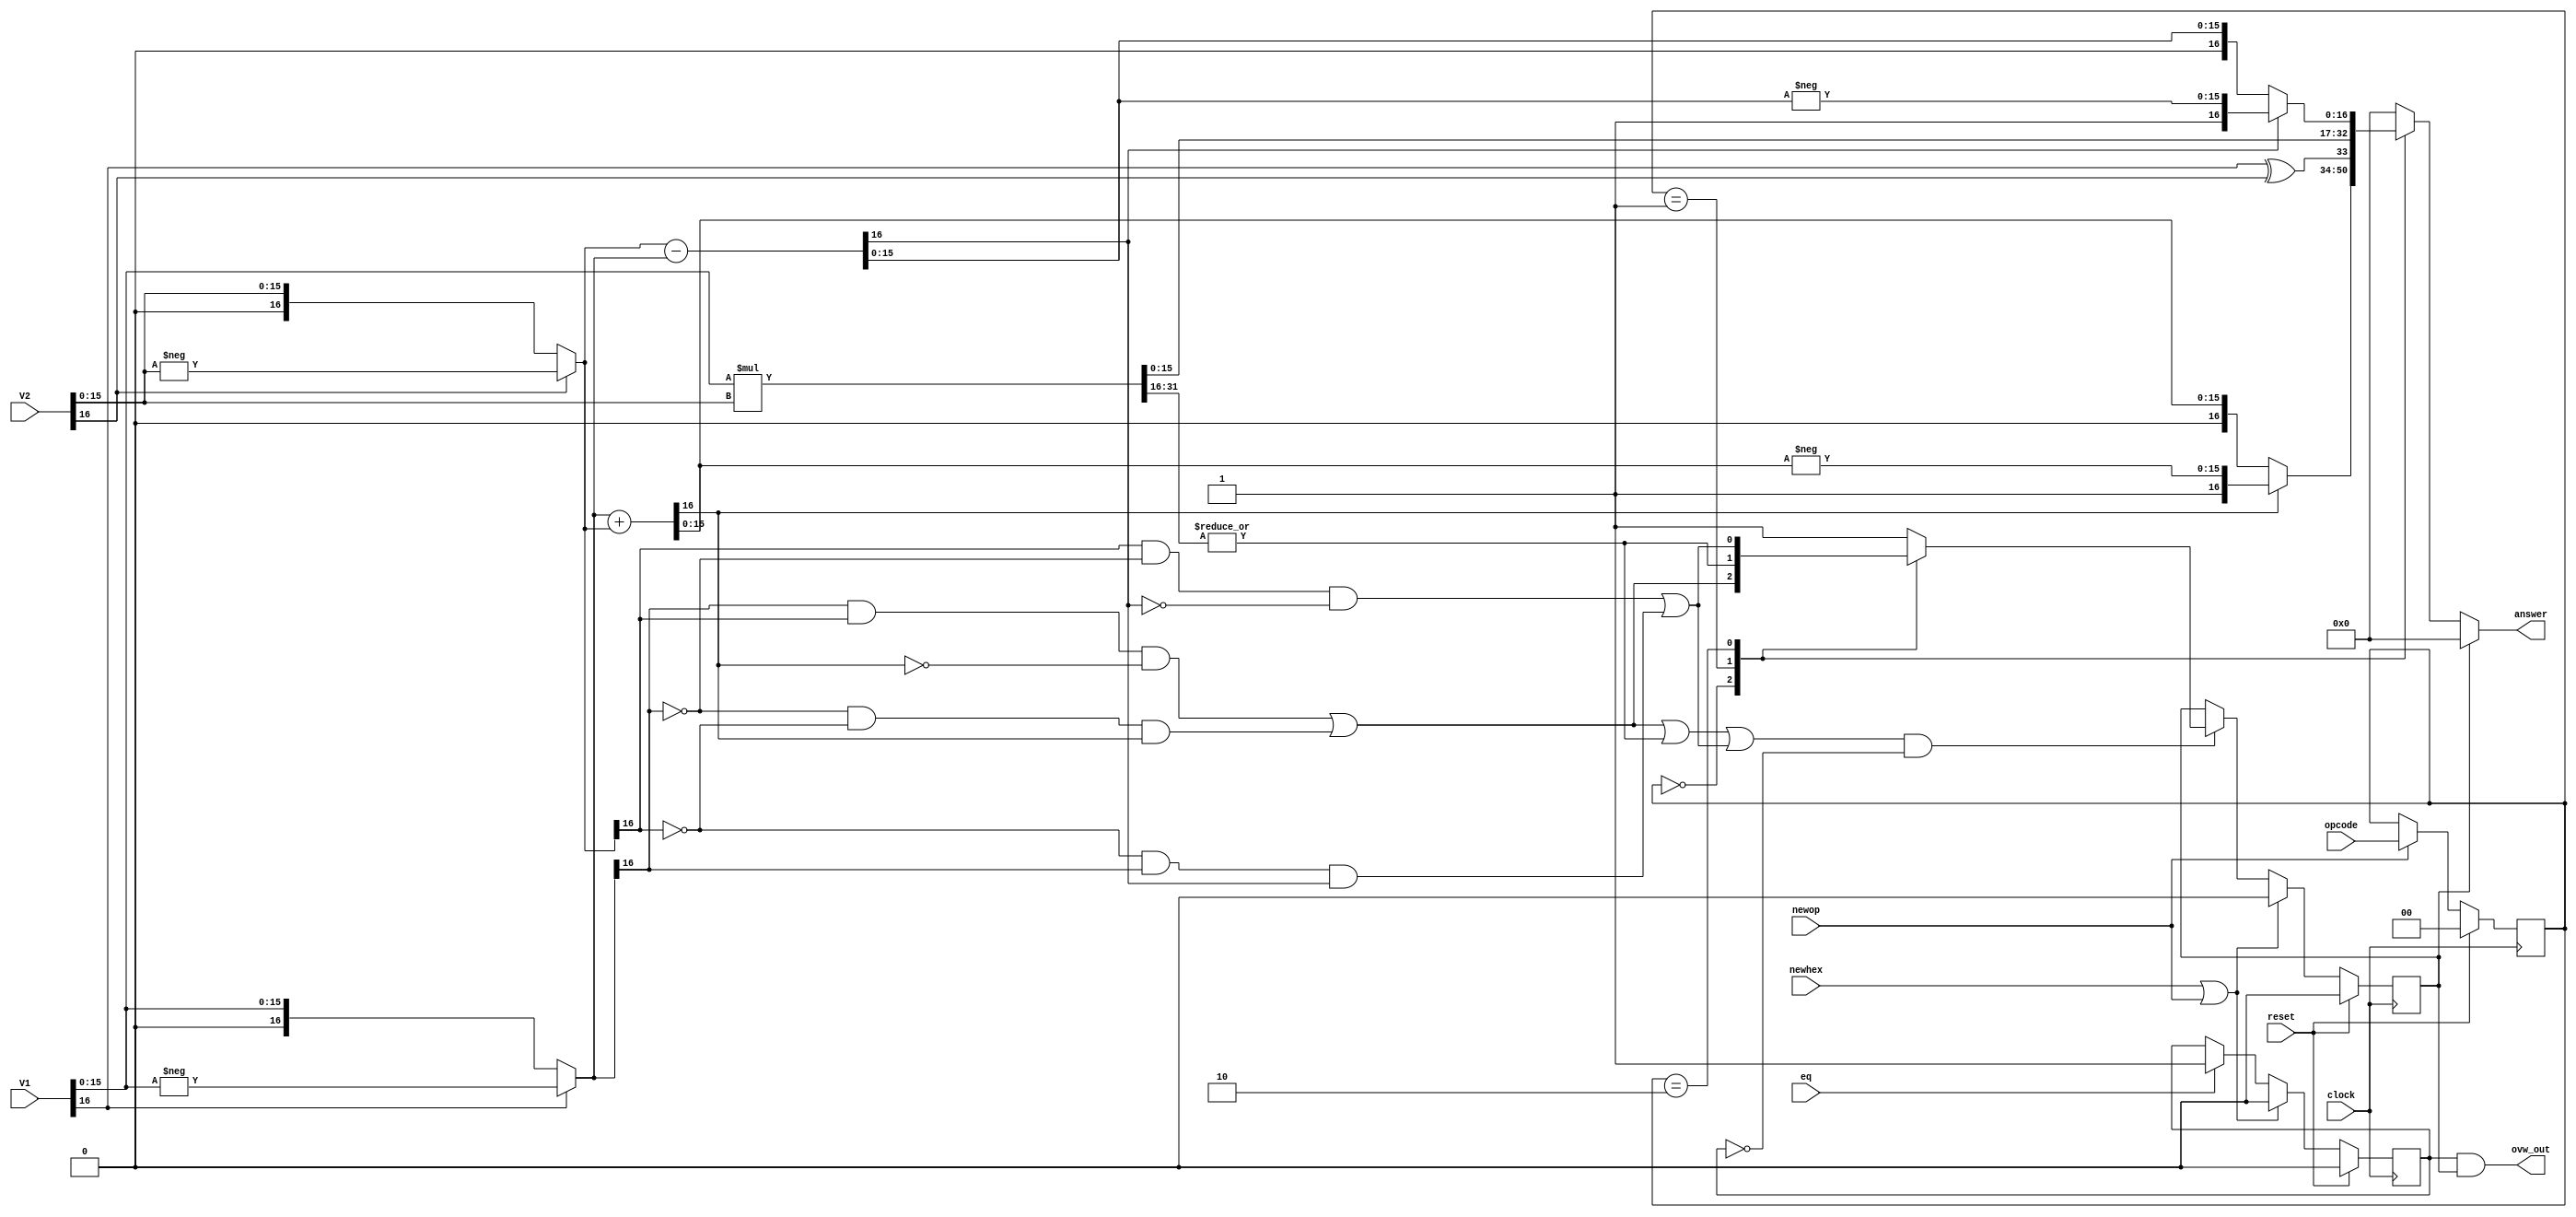
// arithmetic modu1e
module Arth_module(
		   input	 clock,
		   input	 reset,
		   input [16:0]	 V1,     // as sign and magnitude
		   input [16:0]	 V2,     // as sign and magnitude
		   input [1:0]	 opcode, // code for new operator
		   input	 newop,  // new operator pressed
		   input	 newhex, // new  hexcode coming in
		   input	 eq,     // equals key pressed
		   output [16:0] answer, // Sign and magnitude
		   output	 ovw_out // an overflow detected
		   );

   reg [1:0]			 operator_curr; // Register to store operator  
   reg [16:0]			 Ianswer;       // Register for internal answer
   wire signed [16:0]		 add, subtract; // wires for operation result
   wire [16:0]			 multiply;      // Multiplication is unsigned
   wire signed [16:0]		 V1_2c, V2_2c;  
  
   reg				 ovw;           // Internal overflow register
   reg				 omode_next;    // [ OverflowMode register
   reg				 omode_curr;    // to check if equals has been pressed ]
   wire				 ovwa,ovws;     // internal wire for add/sub overflows
   wire [15:0]			 multextra;     // Extra bits to capture possible multiplication overflow
   wire				 ovwm = |multextra; // If any of these bits are non-zero there has been a multiplication overflow
   
   wire signed [16:0]		 nadd, nsubtract;
    
   // [ Convert to 2's complement by checking sign bit, 
   //   if it is 1 take the number to be minus the unsigned magnitude, 
   //   otherwise take the unsigned magnitude ]    
   assign V1_2c= V1[16] ? -$signed({1'b0,V1[15:0]}) : $signed(V1);
   assign V2_2c = V2[16] ? -$signed({1'b0,V2[15:0]}) : $signed(V2); 

   // ===== Main Register Control =====
   // For assigning values of omode, ovw and operator registers
   always @ (posedge clock) begin
      
      if (reset) begin  // [ In the case of a reset
	                //   all values set to zero ]
         operator_curr <= 2'b00;
         omode_curr <= 1'd0;
         ovw <= 1'b0;
         
      end else begin    // normal (non-rst) operation
         
	 // oVERFLOWmode register control
	 omode_curr <= omode_next; // [ omode overwritten by
	                           //   omode_next (assigned
	                           //    elsewhere) ]

	 // Operator register control
         if (newop) operator_curr <= opcode;
         else       operator_curr <= operator_curr;

	 // Overflow register control
	 // [ A different type of overflow, e.g. an multiplication
	 //   overflow may be present during an addtion operation,
	 //   this ensures the right overflow wire is connected
	 //   to the overflow register ]
         
	 if (newop || newhex) ovw <= 1'b0; // newop or newhex end the overflow

	 // Assign the correct overflow if one occurs
	 else if ((ovwa | ovwm | ovws) && !omode_curr)  
           case (operator_curr) 
             2'b00:   ovw <= ovwa; // Calculation overflowed if addition overflowed
             2'b01:   ovw <= ovwm; // Did multiplication overflow?
             2'b10:   ovw <= ovws; // Did subtraction overflow
             default: ovw <= 1'b1; // Should not have invalid operator, show an overflow error
           endcase 

	 // If nothing touched, the overflow will stay for many clock cycles
	 else ovw <= ovw;
	 
      end
   end // End of main register control;




   
   // ===== Arithmetic blocks =====

   // Addition block 
   assign add = V1_2c+V2_2c;       // standard addition
   assign nadd= -add;              // negative of the add wire (used for conversion)
   assign ovwa=((V1_2c[16]&V2_2c[16])&!(add[16])) || ((!V1_2c[16]&!V2_2c[16])&add[16]); // addition overflow 
   // [ Addition overflow if add a positive to a positive and get a negative,
   //   or add a negative to a negative and get a positive ] 

   // Subtraction block
   assign subtract = V2_2c-V1_2c;  // standard subtraction
   assign nsubtract = -subtract;   // negative of the subraction wire (used for conversion)
   assign ovws=((V2_2c[16]&!V1_2c[16])&!(subtract[16])) || ((!V2_2c[16]&V1_2c[16])&subtract[16]); // sub overflow
   // [ Subtraction overflow if subtract a negative from a positive and get a negative, 
   //   or subtract a positive from a negative and get a positive ] 

   // Multiplication block
   assign {multextra,multiply[15:0]}=V1[15:0]*V2[15:0];   // Multiply the magnitudes
   assign multiply[16]=V1[16]^V2[16];                     // XOR the sign bits



   
   // =====Interal answer assignment=====
   // One of three results chosen depending on operator
   always @ ( * ) 
     case (operator_curr)    //Answer depends on the selected operator

       // Addition
       2'b00:   Ianswer = add[16] ? {1'b1,nadd[15:0]}: $unsigned(add);  
       // [ Convert back to sign and magnitude. If 2's complement is negative, 
       //   set sign bit to 1 and set magnitude to negative of the remaining bits ]

       // Multiplication
       2'b01:   Ianswer = multiply;

       // Subtraction
       2'b10:   Ianswer = subtract[16] ? {1'b1,nsubtract[15:0]} : $unsigned(subtract);  
       // [ If 2's complement is negative, set sign bit to 1 and 
       //   set magnitude to negative of the remaining bits ]
       
       default: Ianswer = 16'd0;
       // default case displays zeroes
       // (this should never happen)
       
     endcase 

   // ===== Control of Next OverflowMode =====
   // [ Overflow mode ensures overflow only displayed
   //   after equals is pressed and disappears if
   //   another key is pressed ]
   
   always @ ( * ) begin
   
      if (newhex || newop)             omode_next <= 1'b0;
      // another keypress kills the overflow
      
      else if (eq)                     omode_next <= 1'b1;
      // only once equals is pressed can overflow show
      
      else                             omode_next <= omode_curr;
      // overflow mode will stay as long as necessary
   
   end
   
   // ===== Final overflow control =====
   
   assign answer = ovw ? 16'd0 : Ianswer;
   // an overflow will display zereos on screen
   
   assign ovw_out = omode_curr && ovw;
   // overflow only visible when overflowmode is one
   
endmodule